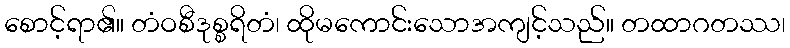
စောင့်ရာ၏။ တံဝစီဒုစ္စရိတံ၊ ထိုမကောင်းသောအကျင့်သည်။ တထာဂတဿ၊